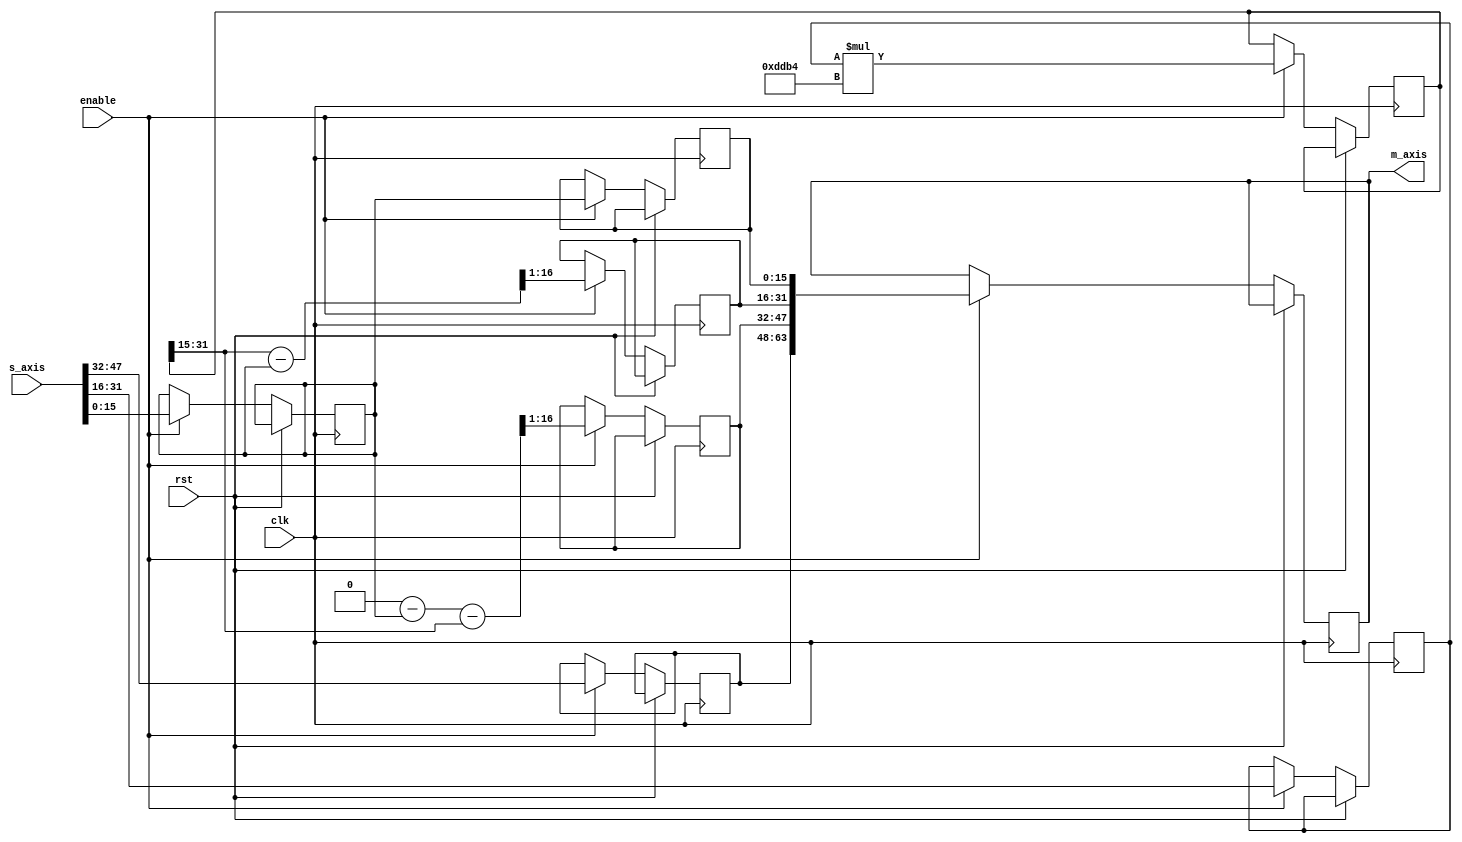
`timescale 1ns / 1ps
module clarke_inverse (
    input  wire               clk,
    input  wire               rst,
    input  wire               enable,
    input  wire       [63:0]  s_axis,
    output reg        [63:0]  m_axis
);

    // Constants
    parameter MAX_LIM = 16'h7FFF;
    parameter MIN_LIM = 16'h8001;
    parameter SQRT3C = 32'h0000DDB4;

    // Variables
    reg  [15:0] Valpha, Vbeta, Theta;
    reg  [31:0] s3vb;
    reg  [15:0] Va, Vb, Vc;
    // Clock process
    always @(posedge clk) begin
        if (rst) begin
            // Reset logic here
        end else if (enable) begin
            // Decode input stream
            Valpha <= s_axis[15:0];
            Vbeta <= s_axis[31:16];
            Theta <= s_axis[47:32];

            // Process data
            Va <= Valpha;
            s3vb <= Vbeta * SQRT3C;
          
            Vb <= ((s3vb >> 15) - Valpha)>> 1 ;
            
            Vc <= (0 - Valpha - (s3vb >> 15)) >> 1;

            
            // Write output stream
            m_axis <= {Theta, Vc, Vb, Va};
        end
    end

endmodule